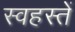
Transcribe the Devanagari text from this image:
स्वहस्तें